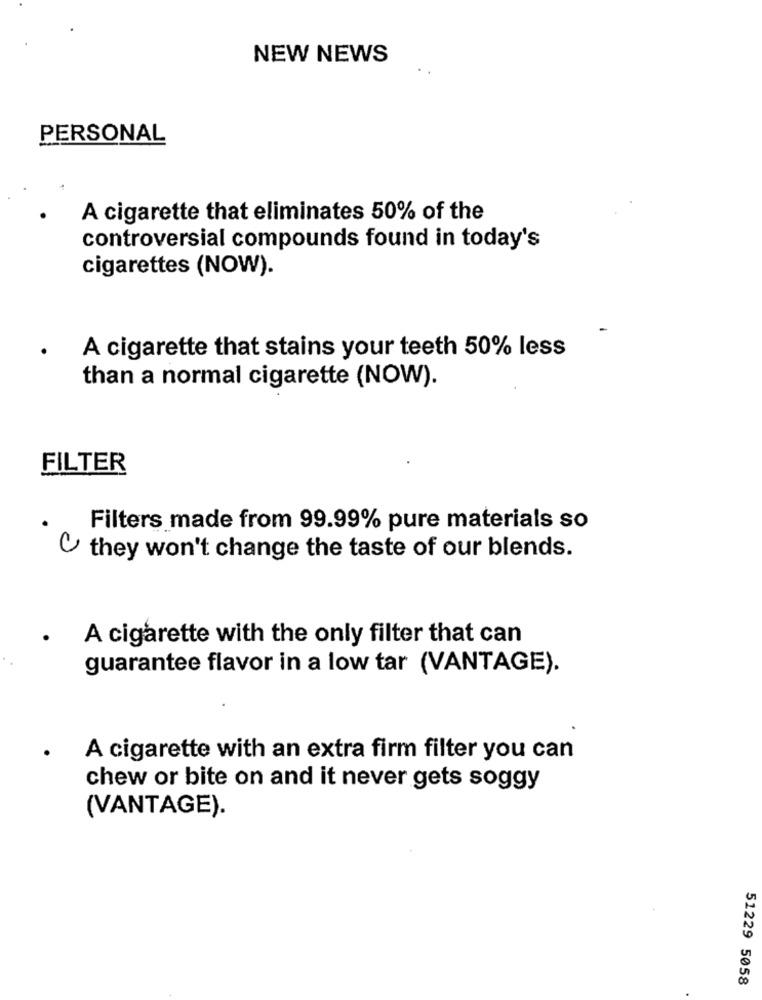
NEW NEWS
PERSONAL
A cigarette that eliminates 50% of the
controversial compounds found in today's
cigarettes (NOW).
.
A cigarette that stains your teeth 50% less
than a normal cigarette (NOW).
FILTER
Filters made from 99.99% pure materials so
they won't change the taste of our blends.
. A cigarette with the only filter that can
guarantee flavor in a low tar (VANTAGE).
A cigarette with an extra firm filter you can
chew or bite on and it never gets soggy
(VANTAGE).
51229 5058